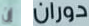
إن دوران